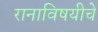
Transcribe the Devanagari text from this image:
रानाविषयीचे